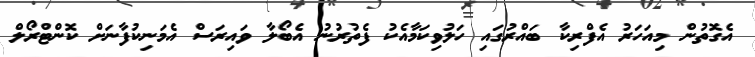
އެގޮތުން މިއަހަރު އެފްރިކާ ބައްރުގައި ހަލުވިކަމާއެކު ފެތުރުނު އެބޯލާ ވައިރަސް އެމަނިކުފާނަށް ކޮންޓްރޯލް